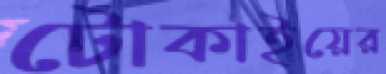
টোকাইয়ের